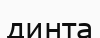
динта